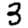
Digit: 3